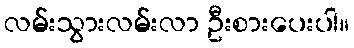
လမ်းသွားလမ်းလာ ဦးစားပေးပါ။